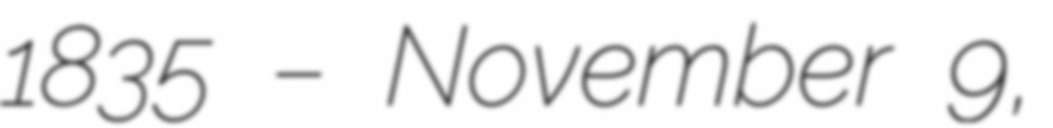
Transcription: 1835 – November 9,